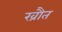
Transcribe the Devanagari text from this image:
ख्रौत